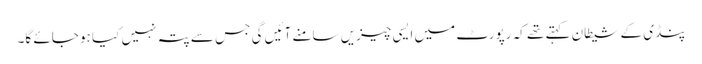
پنڈی کے شیطان کہتے تھے کہ رپورٹ میں ایسی چیزیں سامنے آئیں گی جس سے پتہ نہیں کیا ہو جائے گا۔